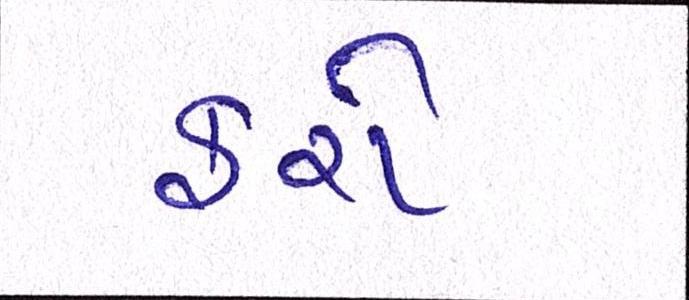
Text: ફરો